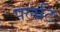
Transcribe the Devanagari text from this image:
पलटि